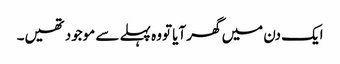
ایک دن میں گھر آیا تووہ پہلے سے موجود تھیں۔